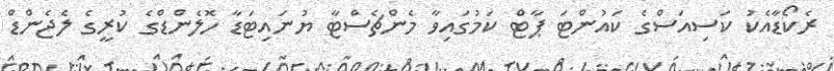
ރެކޯޑާއެކު ކަސިއަސްގެ ކައުންޓަ ޕާޓް ކަމުގައިވާ މެންޗެސްޓާ ޔުނައިޓަޑާ ހޮލެންޑްގެ ކުރީގެ ލެޖެންޑް